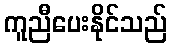
ကူညီပေးနိုင်သည်